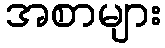
အစာများ